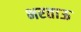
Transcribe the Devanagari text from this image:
भरताऊ